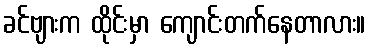
ခင်ဗျားက ထိုင်းမှာ ကျောင်းတက်နေတာလား။